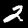
Label: 2